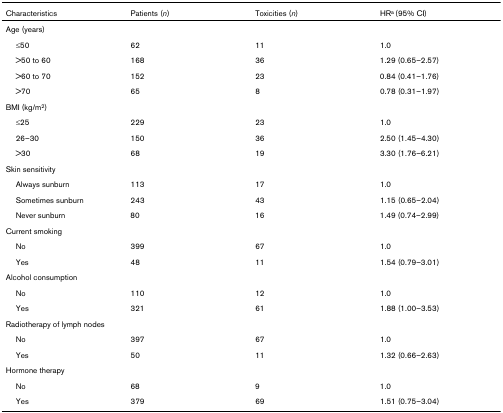
| Characteristics | Patients (n) | Toxicities (n) | HRa (95% CI) |
 | --- | --- | --- | --- |
 | Age (years) |  |  |  |
 | ≤50 | 62 | 11 | 1.0 |
 | >50 to 60 | 168 | 36 | 1.29 (0.65–2.57) |
 | >60 to 70 | 152 | 23 | 0.84 (0.41–1.76) |
 | >70 | 65 | 8 | 0.78 (0.31–1.97) |
 | BMI (kg/m2) |  |  |  |
 | ≤25 | 229 | 23 | 1.0 |
 | 26–30 | 150 | 36 | 2.50 (1.45–4.30) |
 | >30 | 68 | 19 | 3.30 (1.76–6.21) |
 | Skin sensitivity |  |  |  |
 | Always sunburn | 113 | 17 | 1.0 |
 | Sometimes sunburn | 243 | 43 | 1.15 (0.65–2.04) |
 | Never sunburn | 80 | 16 | 1.49 (0.74–2.99) |
 | Current smoking |  |  |  |
 | No | 399 | 67 | 1.0 |
 | Yes | 48 | 11 | 1.54 (0.79–3.01) |
 | Alcohol consumption |  |  |  |
 | No | 110 | 12 | 1.0 |
 | Yes | 321 | 61 | 1.88 (1.00–3.53) |
 | Radiotherapy of lymph nodes |  |  |  |
 | No | 397 | 67 | 1.0 |
 | Yes | 50 | 11 | 1.32 (0.66–2.63) |
 | Hormone therapy |  |  |  |
 | No | 68 | 9 | 1.0 |
 | Yes | 379 | 69 | 1.51 (0.75–3.04) |